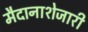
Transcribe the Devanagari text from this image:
मैदानाशेजारी